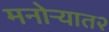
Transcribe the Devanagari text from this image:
मनोऱ्यात२